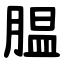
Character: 腽